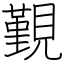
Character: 覲